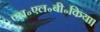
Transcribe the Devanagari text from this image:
एल॰एल॰बी॰किया।